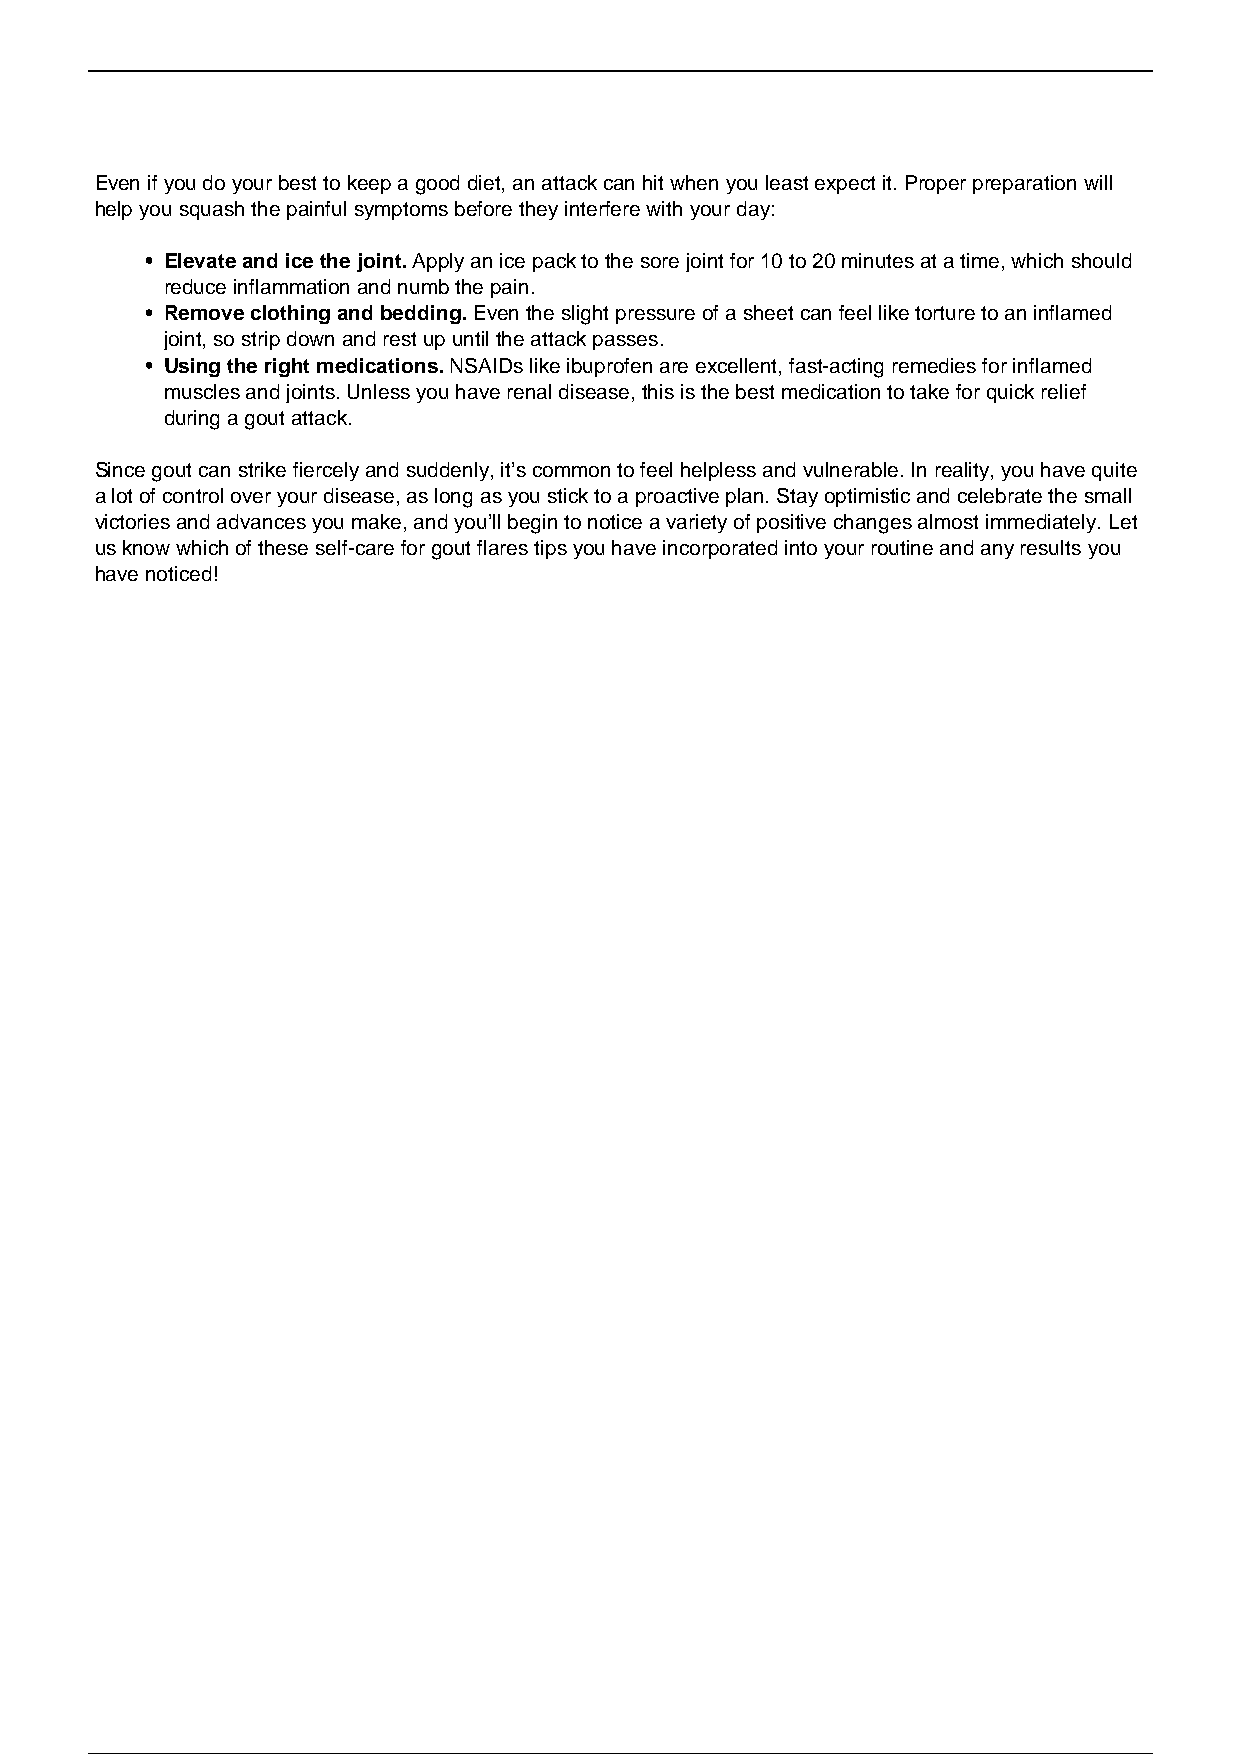
Even if you do your best to keep a good diet, an attack can hit when you least expect it. Proper preparation will
 help you squash the painful symptoms before they interfere with your day:
 Elevate and ice the joint. Apply an ice pack to the sore joint for 10 to 20 minutes at a time, which should
 reduce inflammation and numb the pain.
 Remove clothing and bedding. Even the slight pressure of a sheet can feel like torture to an inflamed
 joint, so strip down and rest up until the attack passes.
 Using the right medications. NSAIDs like ibuprofen are excellent, fast-acting remedies for inflamed
 muscles and joints. Unless you have renal disease, this is the best medication to take for quick relief
 during a gout attack.
 Since gout can strike fiercely and suddenly, it’s common to feel helpless and vulnerable. In reality, you have quite
 a lot of control over your disease, as long as you stick to a proactive plan. Stay optimistic and celebrate the small
 victories and advances you make, and you’ll begin to notice a variety of positive changes almost immediately. Let
 us know which of these self-care for gout flares tips you have incorporated into your routine and any results you
 have noticed!
 Powered by TCPDF (www.tcpdf.org)
 2 / 2